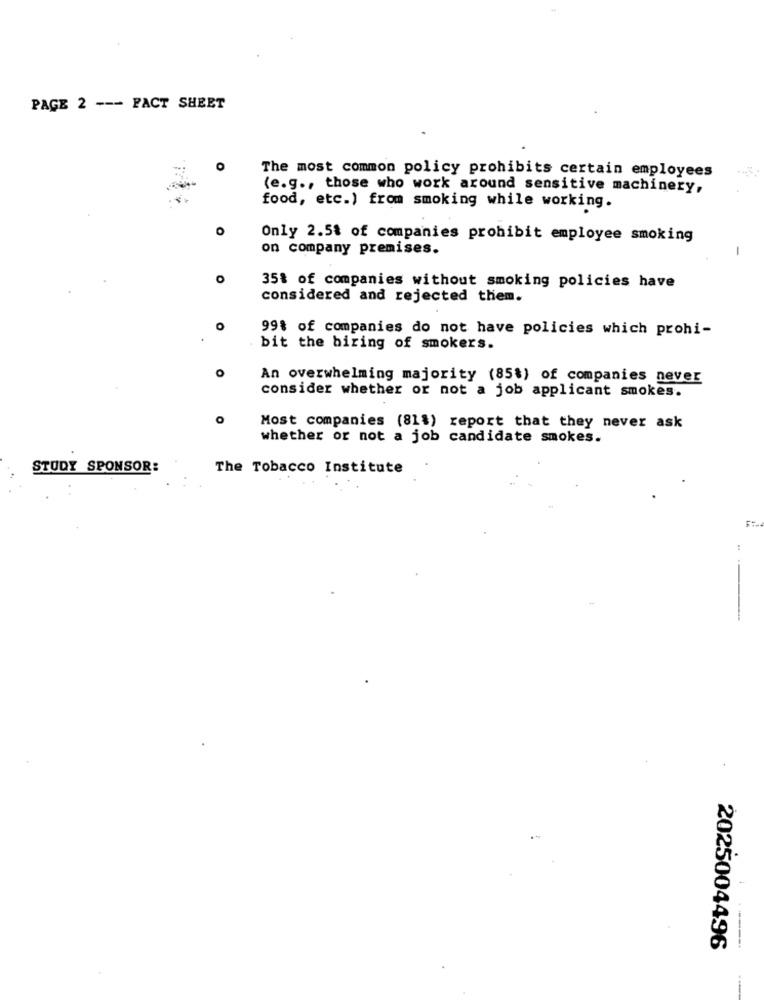
PAGE 2 --- FACT SHEET
O
The most common policy prohibits certain employees
(e.g ., those who work around sensitive machinery,
food, etc.) from smoking while working.
O
Only 2.5% of companies prohibit employee smoking
on company premises.
-
35% of companies without smoking policies have
considered and rejected them.
O
99% of companies do not have policies which prohi-
bit the hiring of smokers.
o
An overwhelming majority (85%) of companies never
consider whether or not a job applicant smokes.
Most companies (811) report that they never ask
whether or not a job candidate smokes.
STUDY SPONSOR:
The Tobacco Institute
44
2025004496